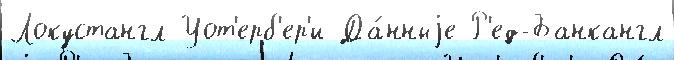
Локустангл Уот'ерб'ер'и Да́нныjе Р'ед-Банкангл